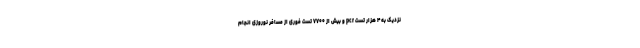
نزدیک به ۴ هزار تست pcr و بیش از ۷۷۰۰ تست فوری از مسافر نوروزی انجام